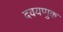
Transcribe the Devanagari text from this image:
दवयणुक